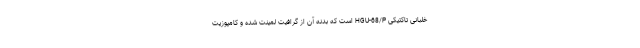
خلبانی تاکتیکی HGU-68/P است که بدنه آن از گرافیت لمینت شده و کامپوزیت